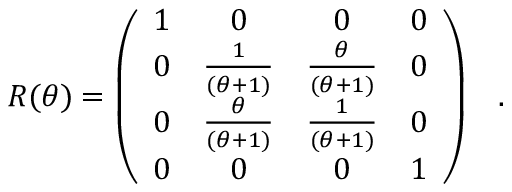
R ( \theta ) = \left( \begin{array} { c c c c } { { 1 } } & { { 0 } } & { { 0 } } & { { 0 } } \\ { { 0 } } & { { \frac { 1 } { ( \theta + 1 ) } } } & { { \frac { \theta } { ( \theta + 1 ) } } } & { { 0 } } \\ { { 0 } } & { { \frac { \theta } { ( \theta + 1 ) } } } & { { \frac { 1 } { ( \theta + 1 ) } } } & { { 0 } } \\ { { 0 } } & { { 0 } } & { { 0 } } & { { 1 } } \end{array} \right) \; \; \; .